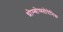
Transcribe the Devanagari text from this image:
थ्रोम्बोच्य्तोपेनिक